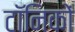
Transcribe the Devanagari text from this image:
टॉनिकों